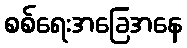
စစ်ရေးအခြေအနေ